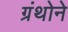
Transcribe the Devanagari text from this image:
ग्रंथोने